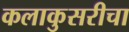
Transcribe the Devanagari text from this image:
कलाकुसरीचा